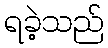
ရခဲ့သည်